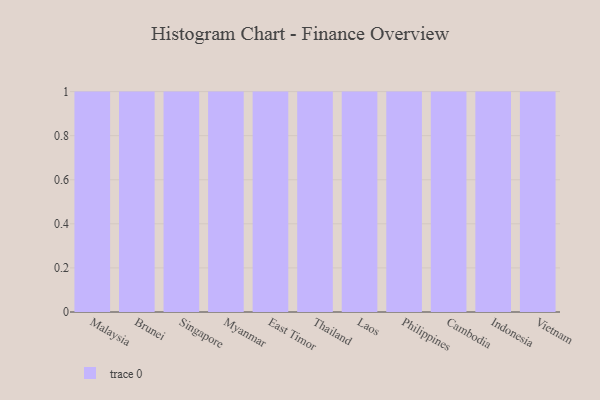
{"axis": {"x": "Country", "y": "Customer Acquisition Cost (USD)"}, "legend": [""], "data": [{"x": "Malaysia", "y": 48, "type": ""}, {"x": "Brunei", "y": 10, "type": ""}, {"x": "Singapore", "y": 59, "type": ""}, {"x": "Myanmar", "y": 50, "type": ""}, {"x": "East Timor", "y": 27, "type": ""}, {"x": "Thailand", "y": 26, "type": ""}, {"x": "Laos", "y": 82, "type": ""}, {"x": "Philippines", "y": 97, "type": ""}, {"x": "Cambodia", "y": 45, "type": ""}, {"x": "Indonesia", "y": 81, "type": ""}, {"x": "Vietnam", "y": 20, "type": ""}]}